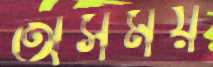
অসময়